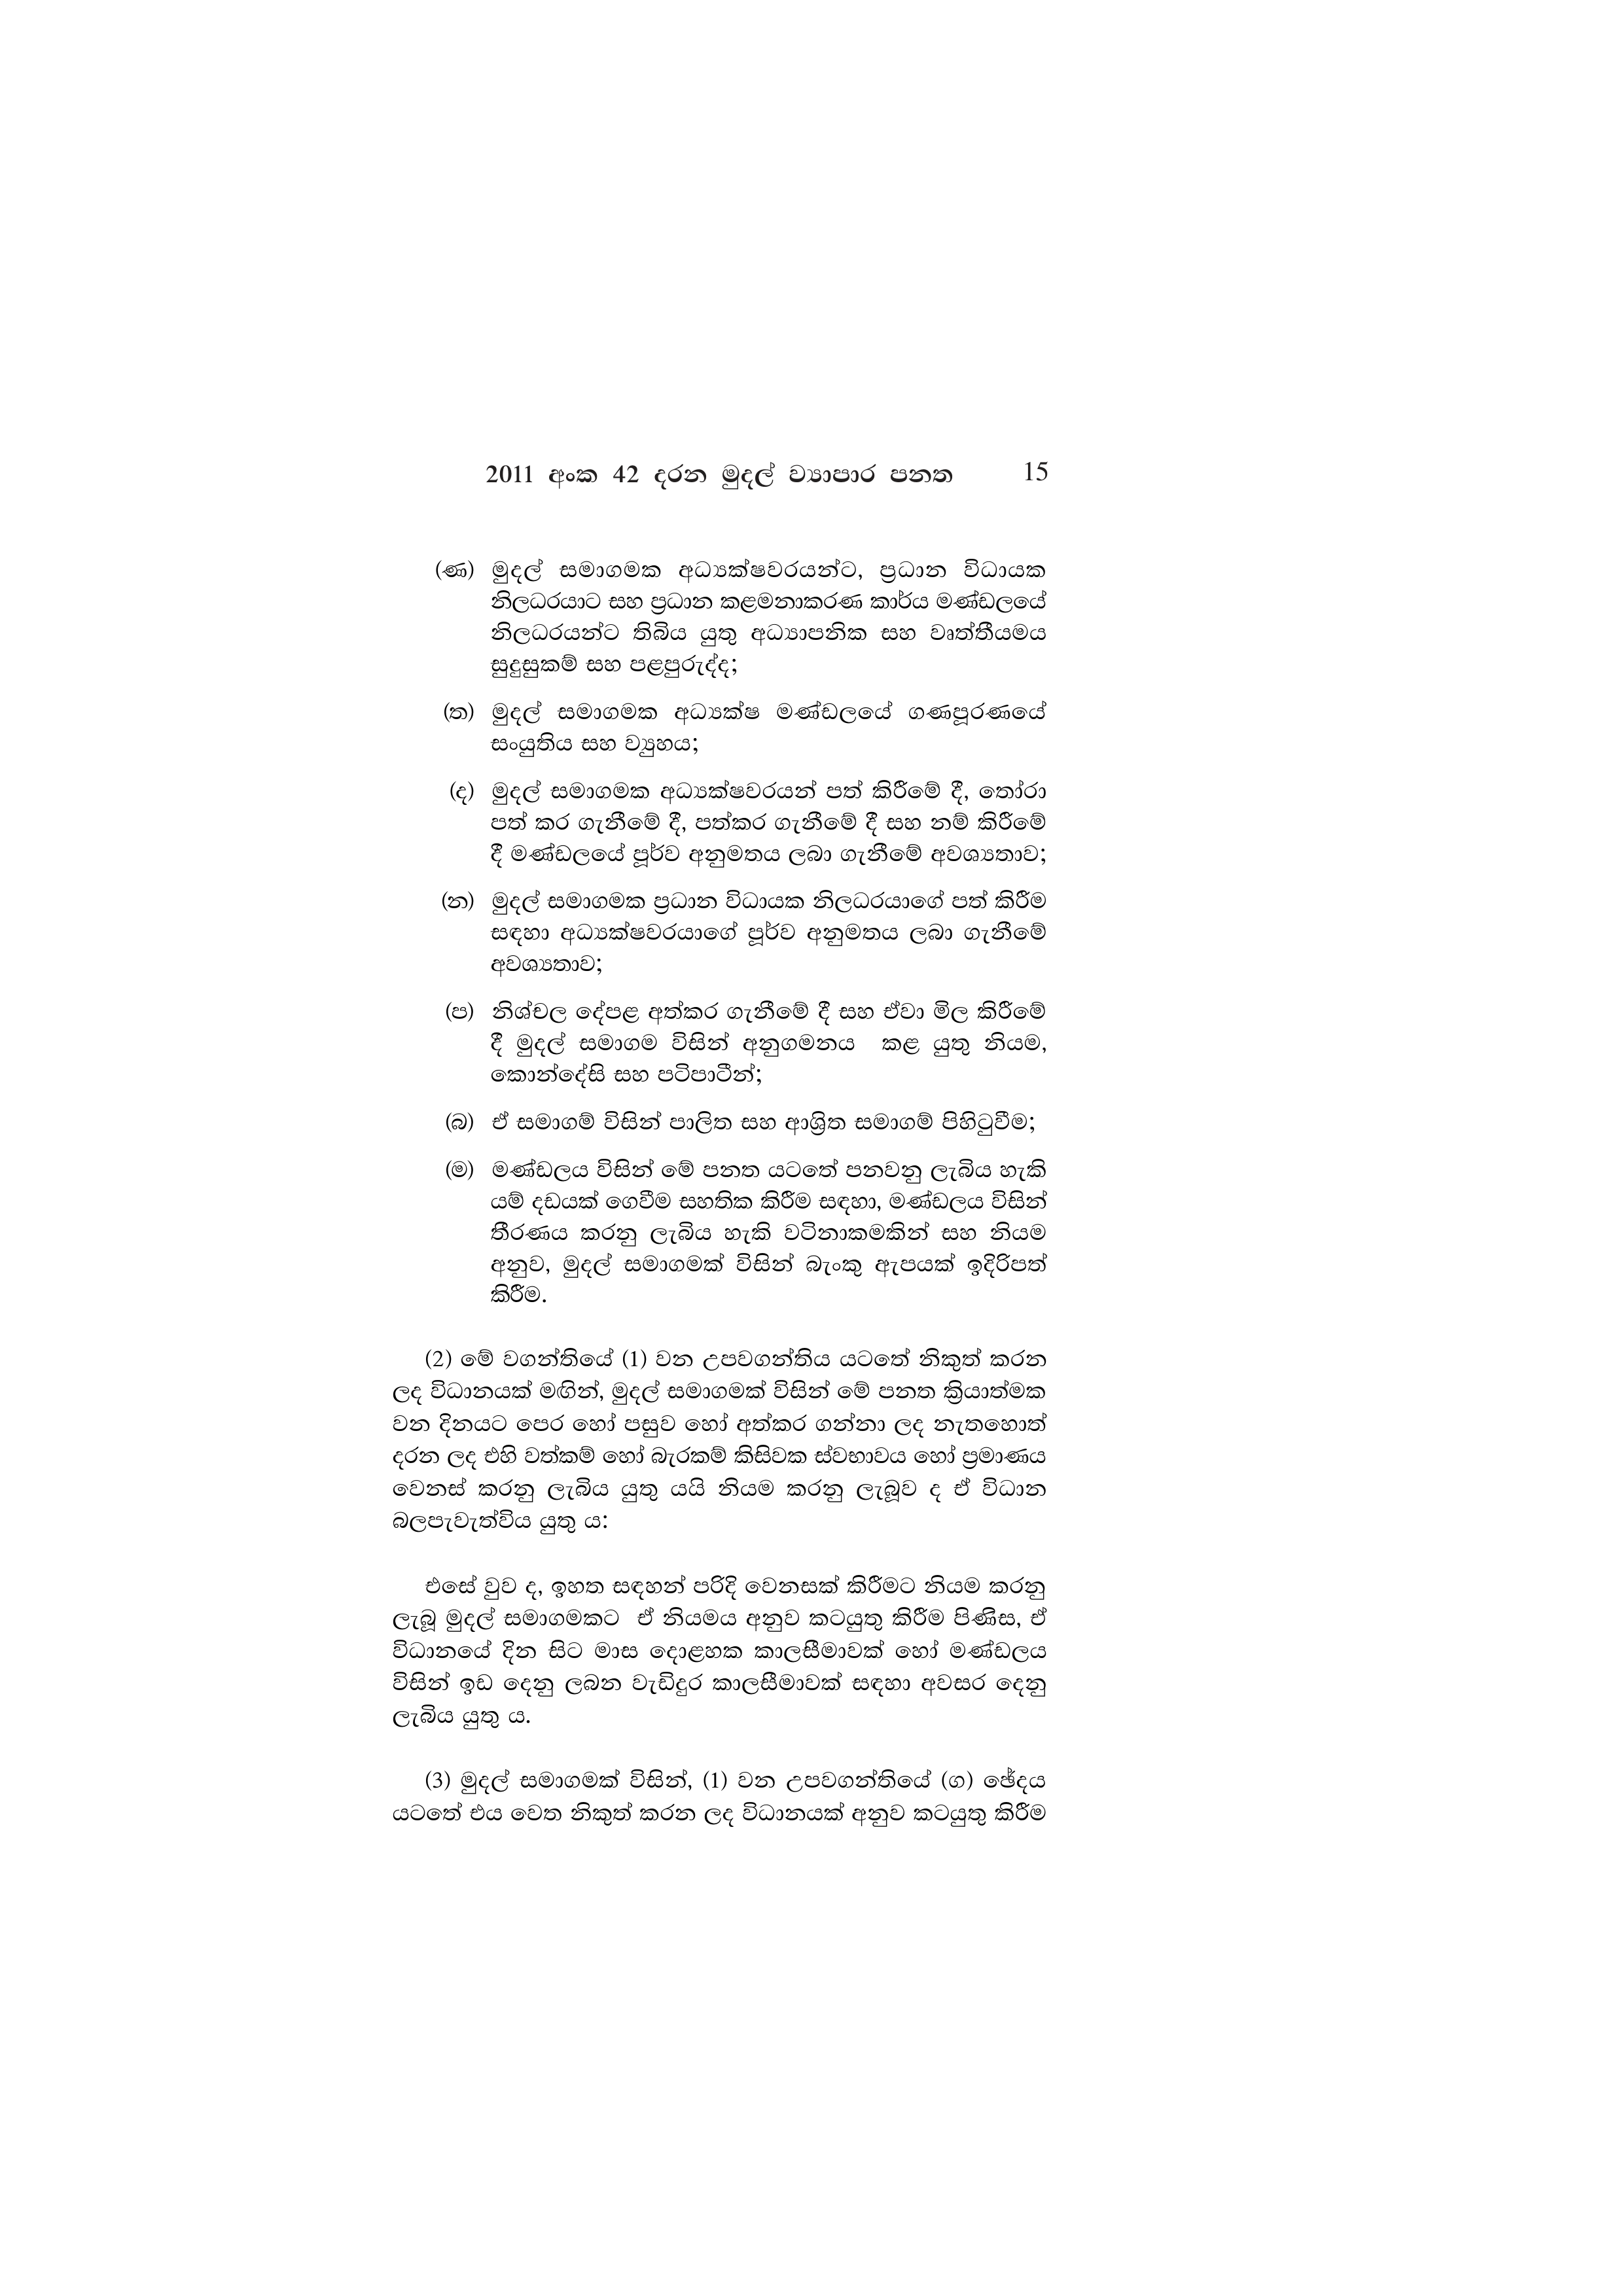
2011 අංක 42 දරන මුදල් ව්‍යාපාර පනත 15

(ණ) මුදල් සමාගමක අධ්‍යක්ෂවරයන්ට, ප්‍රධාන විධායක
නිලධරයාට සහ ප්‍රධාන කළමනාකරණ කාර්ය මණ්ඩලයේ
නිලධරයන්ට තිබිය යුතු අධ්‍යාපනික සහ වෘත්තීයමය
සුදුසුකම් සහ පළපුරුද්ද;

(ත) මුදල් සමාගමක අධ්‍යක්ෂ මණ්ඩලයේ ගණපූරණයේ
සංයුතිය සහ ව්‍යුහය,

(ද) මුදල් සමාගමක අධ්‍යක්ෂවරයන් පත් කිරීමේ දී, තෝරා
පත් කර ගැනීමේ දී, පත්කර ගැනීමේ දී සහ නම් කිරීමේ
දී මණ්ඩලයේ පූර්ව අනුමතය ලබා ගැනීමේ අවශ්‍යතාව;

(න) මුදල් සමාගමක ප්‍රධාන විධායක නිලධරයාගේ පත් කිරීම
සඳහා අධ්‍යක්ෂවරයාගේ පූර්ව අනුමතය ලබා ගැනීමේ
අවශ්‍යතාව;

(ප) නිශ්චල දේපළ අත්කර ගැනීමේ දී සහ ඒවා මිල කිරීමේ
දී මුදල් සමාගම විසින් අනුගමනය කළ යුතු නියම,
කොන්දේසි සහ පටිපාටීන්;

(බ) ඒ සමාගම් විසින් පාලිත සහ ආශ්‍රිත සමාගම් පිහිටුවීම;

(ම) මණ්ඩලය විසින් මේ පනත යටතේ පනවනු ලැබිය හැකි
යම් දඩයක් ගෙවීම සහතික කිරීම සඳහා, මණ්ඩලය විසින්
තීරණය කරනු ලැබිය හැකි වටිනාකමකින් සහ නියම
අනුව, මුදල් සමාගමක් විසින් බැංකු ඇපයක් ඉදිරිපත්
කිරීම.

(2) මේ වගන්තියේ (1) වන උපවගන්තිය යටතේ නිකුත් කරන
ලද විධානයක් මඟින්, මුදල් සමාගමක් විසින් මේ පනත ක්‍රියාත්මක
වන දිනයට පෙර හෝ පසුව හෝ අත්කර ගන්නා ලද නැතහොත්
දරන ලද එහි වත්කම් හෝ බැරකම් කිසිවක ස්වභාවය හෝ ප්‍රමාණය
වෙනස් කරනු ලැබිය යුතු යයි නියම කරනු ලැබූව ද ඒ විධාන
බලපැවැත්විය යුතු ය:

එසේ වුව ද, ඉහත සඳහන් පරිදි වෙනසක් කිරීමට නියම කරනු
ලැබූ මුදල් සමාගමකට ඒ නියමය අනුව කටයුතු කිරීම පිණිස, ඒ
විධානයේ දින සිට මාස දොළහක කාලසීමාවක් හෝ මණ්ඩලය
විසින් ඉඩ දෙනු ලබන වැඩිදුර කාලසීමාවක් සඳහා අවසර දෙනු
ලැබිය යුතු ය.

(3) මුදල් සමාගමක් විසින්, (1) වන උපවගන්තියේ (ග) ඡේදය
යටතේ එය වෙත නිකුත් කරන ලද විධානයක් අනුව කටයුතු කිරීම